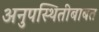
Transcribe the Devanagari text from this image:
अनुपस्थितीबाबत